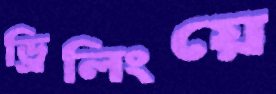
ড্রিলিংয়ে